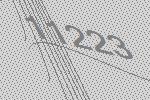
11223